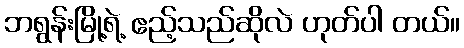
ဘရွန်းမြို့ရဲ့ ဧည့်သည်ဆိုလဲ ဟုတ်ပါ တယ်။